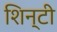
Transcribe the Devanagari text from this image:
शिन्टी